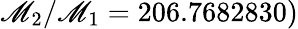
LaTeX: \mathscr{M}_{2}/\mathscr{M}_{1}=206.7682830)